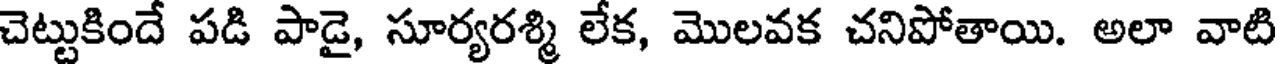
చెట్టుకిందే పడి పాడై, సూర్యరశ్మి లేక, మొలవక చనిపోతాయి. అలా వాటి